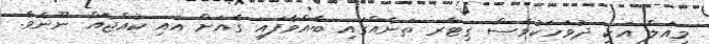
މިއަލް އަކީ ދުވަހަކުވެސް ގިޓާރ ތަނެއްގައި ބާއްވާފައި ގެއަށް އައި ކުއްޖެއް ނޫނެވެ.